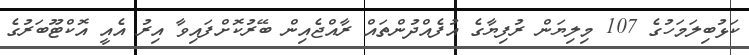
ކަޅުބިލަމަހުގެ 107 މިލިޔަން ރުފިޔާގެ އުފެއްދުންތައް ރާއްޖެއިން ބޭރުކޮށްފައިވާ އިރު އެއީ އޮކްޓޫބަރުގެ